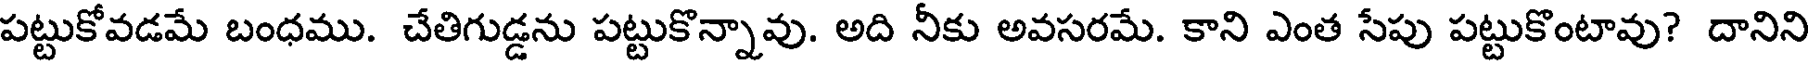
పట్టుకోవడమే బంధము. చేతిగుడ్డను పట్టుకొన్నావు. అది నీకు అవసరమే. కాని ఎంత సేపు పట్టుకొంటావు? దానిని